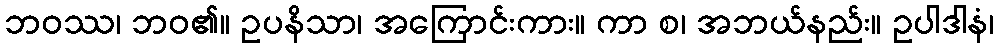
ဘဝဿ၊ ဘဝ၏။ ဥပနိသာ၊ အကြောင်းကား။ ကာ စ၊ အဘယ်နည်း။ ဥပါဒါနံ၊